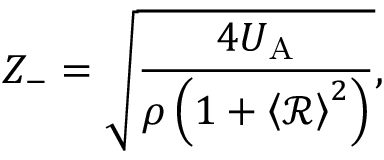
Z _ { - } = \sqrt { \frac { 4 U _ { \mathrm { A } } } { \rho \left( 1 + \left< \mathcal { R } \right> ^ { 2 } \right) } } ,